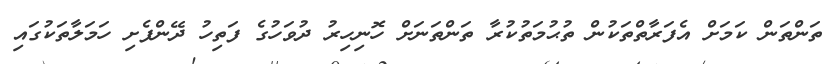
ތަންތަން ކަމަށް އެފަރާތްތަކުން ތުޙުމަތުކުރާ ތަންތަނަށް ހޮނިހިރު ދުވަހުގެ ފަތިހު ދޭންފެށި ހަމަލާތަކުގައި